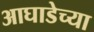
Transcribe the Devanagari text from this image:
आघाडेच्या